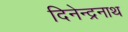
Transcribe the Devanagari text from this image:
दिनेन्द्रनाथ